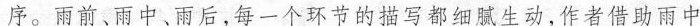
序。雨前、雨中、雨后，每一个环节的描写都细腻生动，作者借助雨中